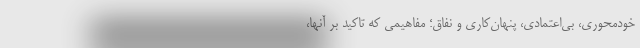
خودمحوری، بی‌اعتمادی، پنهان‌کاری و نفاق؛ مفاهیمی که تاکید بر آنها،